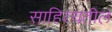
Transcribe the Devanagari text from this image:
साहित्यतील